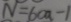
N = 6 0 a - 1